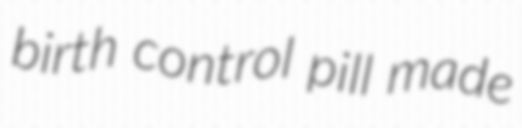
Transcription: birth control pill made